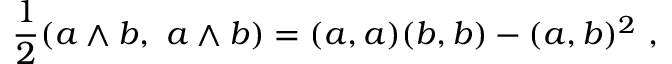
{ \frac { 1 } { 2 } } ( a \wedge b , \ a \wedge b ) = ( a , a ) ( b , b ) - ( a , b ) ^ { 2 } \ ,